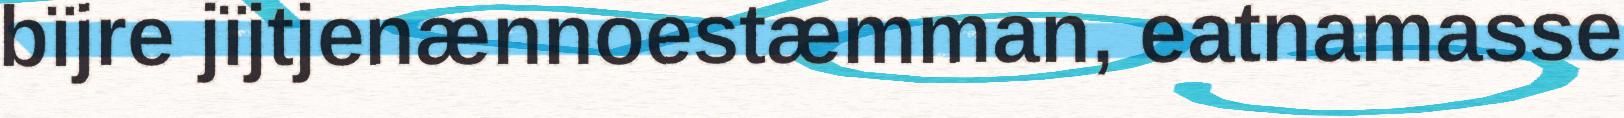
bïjre jïjtjenænnoestæmman, eatnamasse